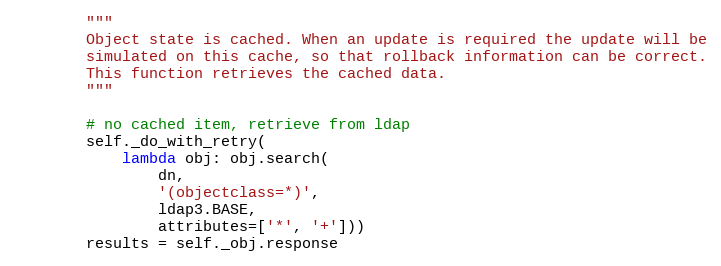
Language: Python
        """
        Object state is cached. When an update is required the update will be
        simulated on this cache, so that rollback information can be correct.
        This function retrieves the cached data.
        """

        # no cached item, retrieve from ldap
        self._do_with_retry(
            lambda obj: obj.search(
                dn,
                '(objectclass=*)',
                ldap3.BASE,
                attributes=['*', '+']))
        results = self._obj.response